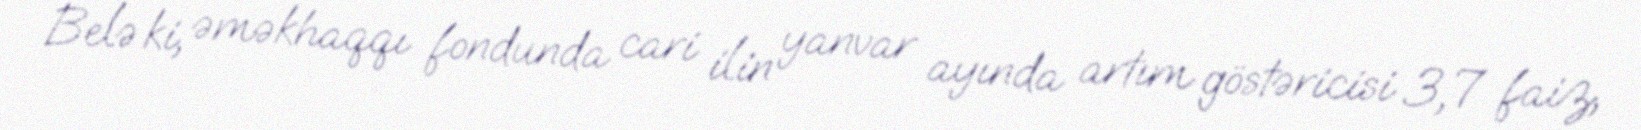
Belə ki, əməkhaqqı fondunda cari ilin yanvar ayında artım göstəricisi 3,7 faiz,